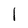
Character: I